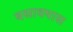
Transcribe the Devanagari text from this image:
बसावयास